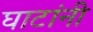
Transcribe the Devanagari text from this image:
घाटांनी